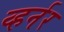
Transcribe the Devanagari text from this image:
व्हर्नर